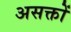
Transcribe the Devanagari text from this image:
असक्तों